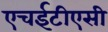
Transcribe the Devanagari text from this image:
एचईटीएसी